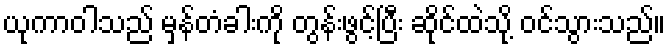
ယုကာဝါသည် မှန်တံခါးကို တွန်းဖွင့်ပြီး ဆိုင်ထဲသို့ ဝင်သွားသည်။